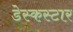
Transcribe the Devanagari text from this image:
डेस्कस्टार